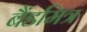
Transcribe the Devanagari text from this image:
बैंडमित्र